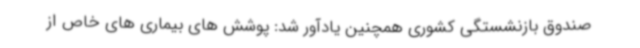
صندوق بازنشستگی کشوری همچنین یادآور شد: پوشش های بیماری های خاص از